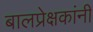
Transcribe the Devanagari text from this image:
बालप्रेक्षकांनी